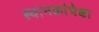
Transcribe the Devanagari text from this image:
स्थानकांपेक्षा